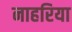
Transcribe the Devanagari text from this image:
नाहरिया